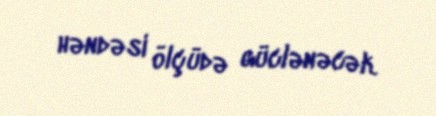
həndəsi ölçüdə güclənəcək.